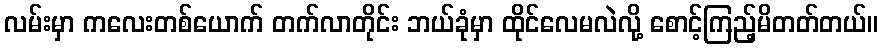
လမ်းမှာ ကလေးတစ်ယောက် တက်လာတိုင်း ဘယ်ခုံမှာ ထိုင်လေမလဲလို့ စောင့်ကြည့်မိတတ်တယ်။